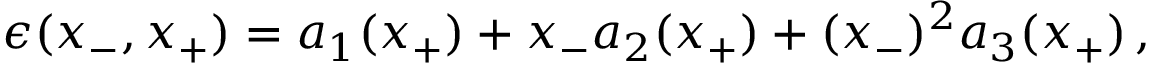
\epsilon ( x _ { - } , x _ { + } ) = a _ { 1 } ( x _ { + } ) + x _ { - } a _ { 2 } ( x _ { + } ) + ( x _ { - } ) ^ { 2 } a _ { 3 } ( x _ { + } ) \, ,